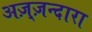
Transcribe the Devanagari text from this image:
अज़्ज़न्दारा